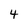
Character: 4